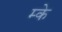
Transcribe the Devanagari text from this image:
म्के